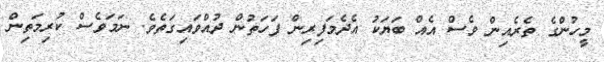
މީހުންގެ ތެރެއިން ވެސް އެއް ބަޔަކު އެދެމަފިރިން ފަހަތުން ދުއްވައިގަތެވެ. ނަމަވެސް ކުރިމަތިން